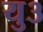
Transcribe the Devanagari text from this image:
यु३